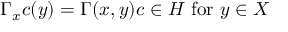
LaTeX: \Gamma _ { x } c ( y ) = \Gamma ( x , y ) c \in H { \mathrm { ~ f o r ~ } } y \in X